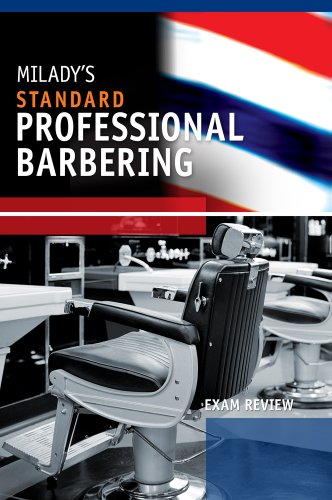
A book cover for Exam Review for Milady's Standard Professional Barbering; Milady; Test Preparation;